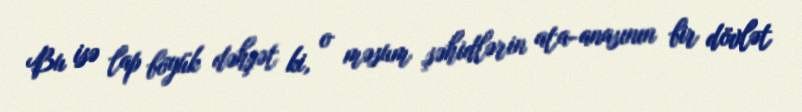
Bu isə lap böyük dəhşət ki, o məsum şəhidlərin ata-anasının bir dövlət